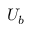
U _ { b }